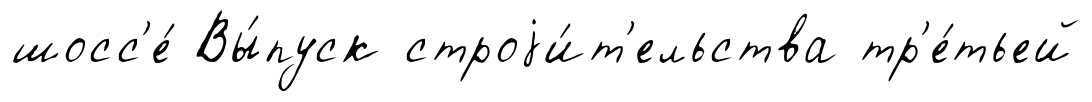
шосс'е́ Вы́пуск строjи́т'ельства тр'е́тьей